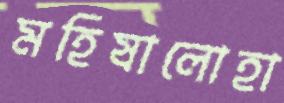
মহিষালোহা